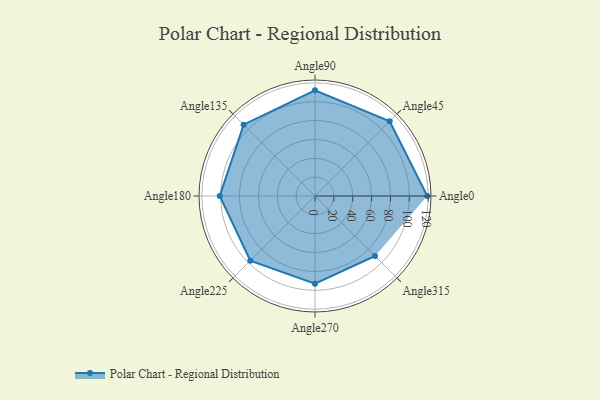
{"axis": {"x": "Angle", "y": "Radius"}, "legend": [""], "data": [{"x": "Angle0", "y": 119.0, "type": ""}, {"x": "Angle45", "y": 112.0, "type": ""}, {"x": "Angle90", "y": 112.0, "type": ""}, {"x": "Angle135", "y": 107.0, "type": ""}, {"x": "Angle180", "y": 101.0, "type": ""}, {"x": "Angle225", "y": 97.0, "type": ""}, {"x": "Angle270", "y": 93.0, "type": ""}, {"x": "Angle315", "y": 90.0, "type": ""}]}